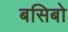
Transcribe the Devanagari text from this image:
बसिबो